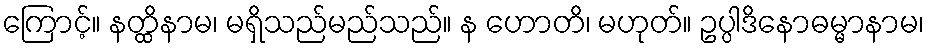
ကြောင့်။ နတ္ထိနာမ၊ မရှိသည်မည်သည်။ န ဟောတိ၊ မဟုတ်။ ဥပ္ပါဒိနောဓမ္မာနာမ၊